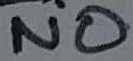
Text: NO